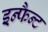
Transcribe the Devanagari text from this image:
इन्फैन्ट